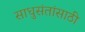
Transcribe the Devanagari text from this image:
साधुसंतांसाठी